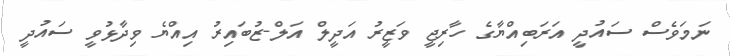
ނަމަވެސް ސައުދީ އަރަބިއްޔާގެ ހާރިޖީ ވަޒީރު އަދީލް އަލް-ޒުބައިރު އިއްޔެ ވިދާޅުވީ ސައުދީ